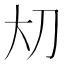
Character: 𪥂